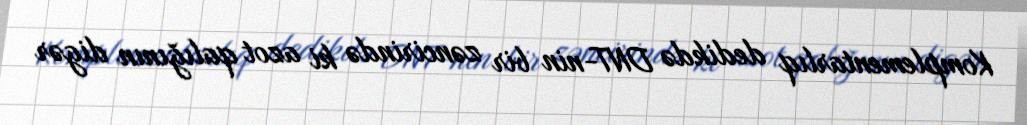
Komplementarlıq dedikdə DNT-nin bir zəncirində ki azot qalığının digər